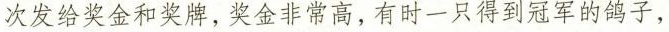
次发给奖金和奖牌，奖金非常高，有时一只得到冠军的鸽子